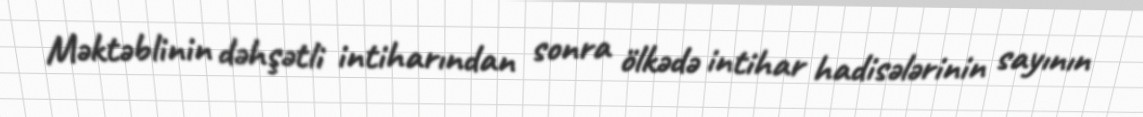
Məktəblinin dəhşətli intiharından sonra ölkədə intihar hadisələrinin sayının